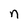
Character: n